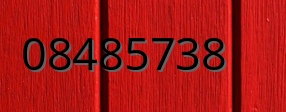
08485738